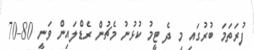
ފުރަތަމަ ބުރުގައި މި ދެ ޓީމު ކުޅުނު މެޗުން ރެޑްލައިން ވަނީ 80-70